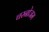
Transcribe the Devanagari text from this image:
चरनोजम